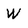
Character: W